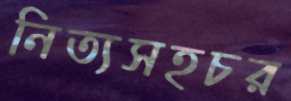
নিত্যসহচর